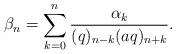
LaTeX: \begin{align*} \beta_n = \sum_{k=0}^n \frac{\alpha_k}{(q)_{n-k}(aq)_{n+k}}.\end{align*}